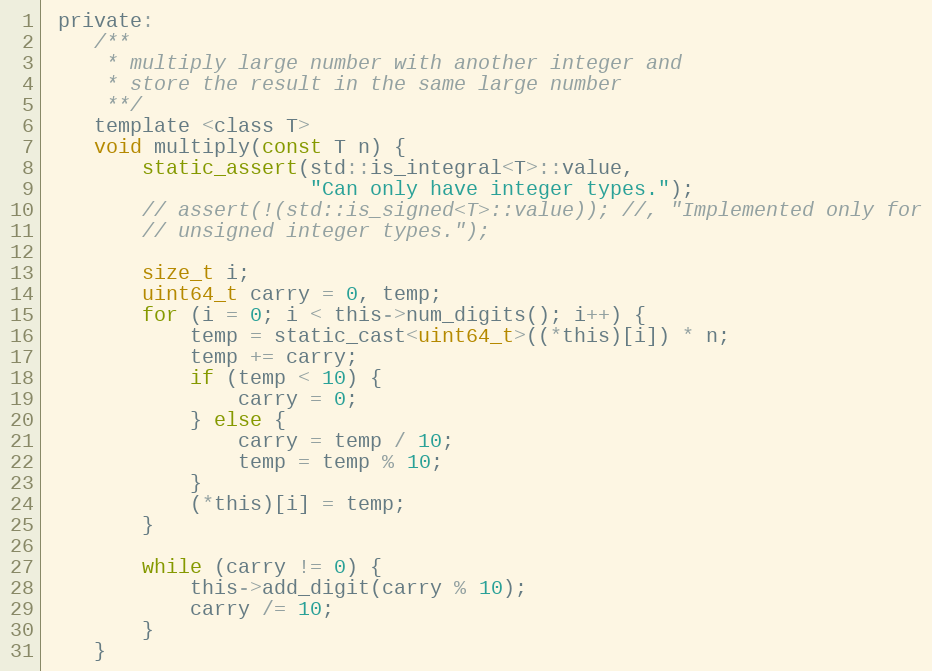
Language: C
 private:
    /**
     * multiply large number with another integer and
     * store the result in the same large number
     **/
    template <class T>
    void multiply(const T n) {
        static_assert(std::is_integral<T>::value,
                      "Can only have integer types.");
        // assert(!(std::is_signed<T>::value)); //, "Implemented only for
        // unsigned integer types.");

        size_t i;
        uint64_t carry = 0, temp;
        for (i = 0; i < this->num_digits(); i++) {
            temp = static_cast<uint64_t>((*this)[i]) * n;
            temp += carry;
            if (temp < 10) {
                carry = 0;
            } else {
                carry = temp / 10;
                temp = temp % 10;
            }
            (*this)[i] = temp;
        }

        while (carry != 0) {
            this->add_digit(carry % 10);
            carry /= 10;
        }
    }